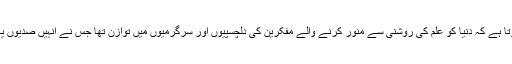
انھوں نے کہا کہ تاریخ سے معلوم ہوتا ہے کہ دنیا کو علم کی روشنی سے منور کرنے والے مفکرین کی دلچسپیوں اور سرگرمیوں میں توازن تھا جس نے انہیں صدیوں یاد رہنے والی شخصیات میں بدل دیا ۔